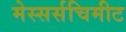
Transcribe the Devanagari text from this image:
मेस्सर्सचिमीट